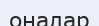
оңалар